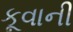
કૂવાની